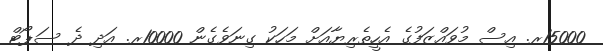
15000ރ. އިސް މުވައްޒަފުގެ އެހީތެރިޔާއަށް މަހަކު ގިނަވެގެން 10000ރ. އަދި ދެ ސަޕޯޓް